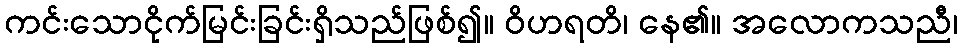
ကင်းသောငိုက်မြင်းခြင်းရှိသည်ဖြစ်၍။ ဝိဟရတိ၊ နေ၏။ အလောကသညီ၊